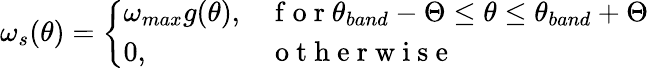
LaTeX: \omega_{s}(\theta)=\left\{ \begin{array}{ll}{\omega_{max}g(\theta),}&{\mathrm{~f~o~r~}\theta_{band}-\Theta\le\theta\le\theta_{band}+\Theta}\\ {0,}&{\mathrm{~o~t~h~e~r~w~i~s~e~}}\end{array}\right.